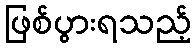
ဖြစ်ပွားရသည့်